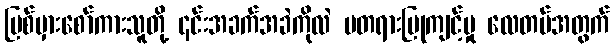
ပြစ်မှားစော်ကားသူတို့ ၎င်းအခက်အခဲကိုလဲ မတရားပြုကျင့်မှု လေတပ်အတွက်